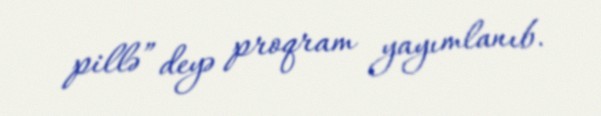
pillə” deyə proqram yayımlanıb.